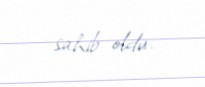
sahib oldu.